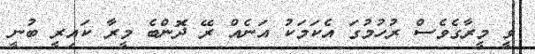
ވީ މީރާގެވެސް ރުހުމުގަ އެކަމަކު އަނެއް ރޭ ދޮންބެ މީރާ ކައިރީ ބުނީ